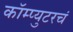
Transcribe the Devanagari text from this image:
कॉम्प्युटरचं